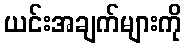
ယင်းအချက်များကို